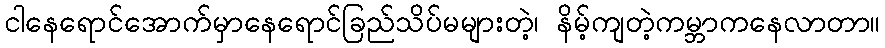
ငါနေရောင်အောက်မှာနေရောင်ခြည်သိပ်မများတဲ့၊ နိမ့်ကျတဲ့ကမ္ဘာကနေလာတာ။